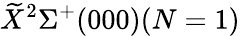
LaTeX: \widetilde{X}^{2}\Sigma^{+}(000)(N=1)